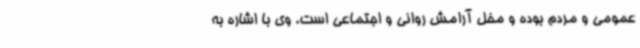
عمومی و مردم بوده و مخل آرامش روانی و اجتماعی است. وی با اشاره به